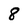
Character: 8